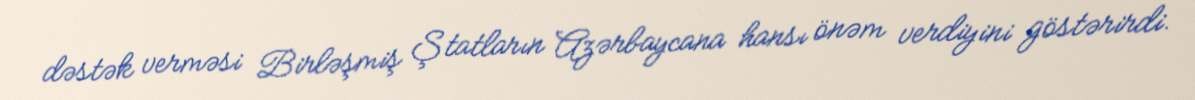
dəstək verməsi Birləşmiş Ştatların Azərbaycana hansı önəm verdiyini göstərirdi.